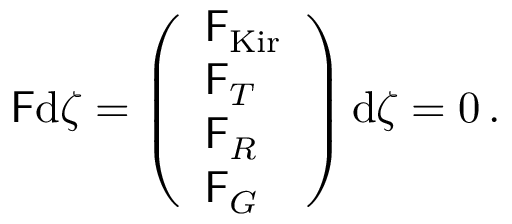
\begin{array} { r } { \mathsf { F } \mathrm { d } \boldsymbol { \zeta } = \left( \begin{array} { l } { \mathsf { F } _ { \mathrm { K i r } } } \\ { \mathsf { F } _ { T } } \\ { \mathsf { F } _ { R } } \\ { \mathsf { F } _ { G } } \end{array} \right) \mathrm { d } \boldsymbol { \zeta } = 0 \, . } \end{array}